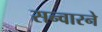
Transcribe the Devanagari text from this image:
सन्वारने